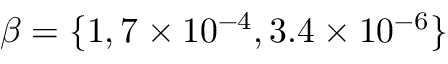
\beta = \{ 1 , 7 \times 1 0 ^ { - 4 } , 3 . 4 \times 1 0 ^ { - 6 } \}